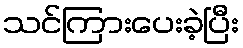
သင်ကြားပေးခဲ့ပြီး